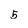
Character: 5